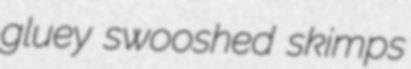
gluey swooshed skimps